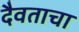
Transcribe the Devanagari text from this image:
दैवताचा